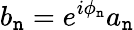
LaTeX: b_{\mathtt{n}}=e^{i\phi_{\mathtt{n}}}a_{\mathtt{n}}